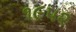
૧૯૫૨